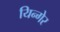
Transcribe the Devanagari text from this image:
यिन्गेर